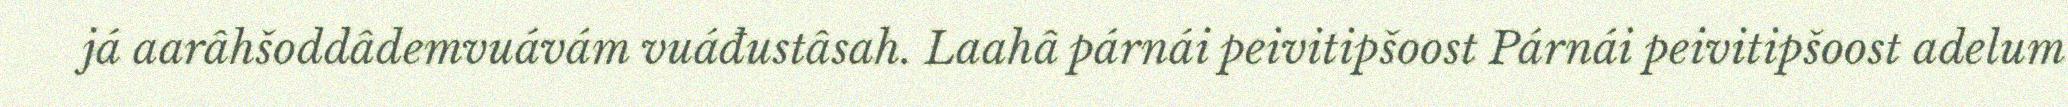
já aarâhšoddâdemvuávám vuáđustâsah. Laahâ párnái peivitipšoost Párnái peivitipšoost adelum